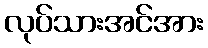
လုပ်သားအင်အား